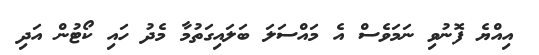
އިއްްޔެ ފޮނުވި ނަމަވެސް އެ މައްސަލަ ބަލައިގަތުމާ މެދު ހައި ކޯޓުން އަދި